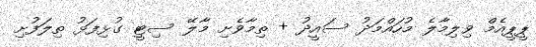
ޕީޕީއެމް ވިލިމާލެ މުހައްމަދު ސައީދު + ތިމާވެށި މާލޭ ސިޓީ ގުޅިފަޅު ތިލަފުށި